Note on the mental hospitals in Burma - 1925-1940
Year: 1925
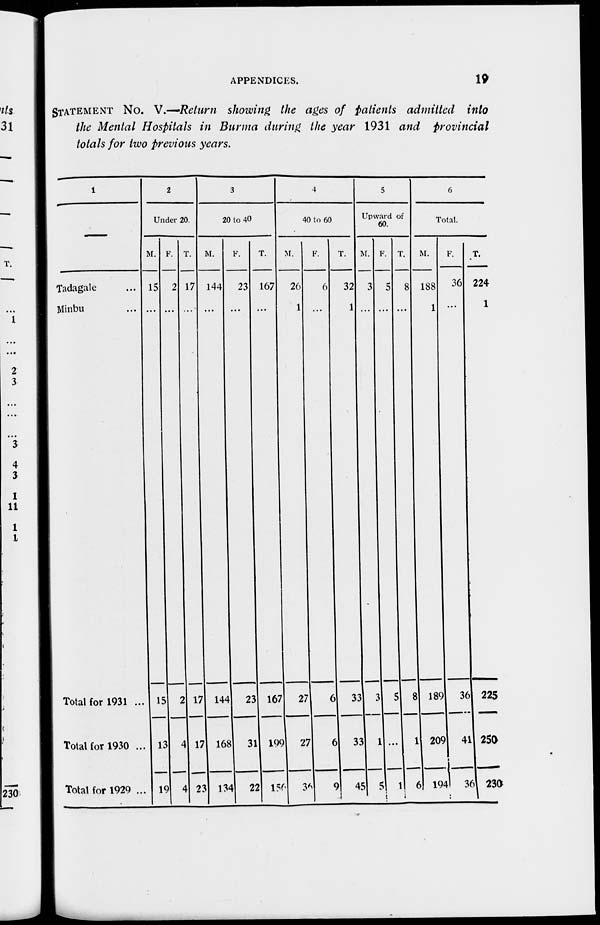
APPENDICES.
19
STATEMENT NO. V.—Return showing the ages of patients admitted into
the Mental Hospitals in Burma during the year 1931 and provincial
totals for two previous years.
1
—
Tadagale ...
Minbu ...
Total for 1931 ...
Total for 1930 ...
Total for 1929 ...
2
Under 20.
M.
15
...
15
13
19
F.
2
...
2
4
4
T.
17
...
17
17
23
3
20 to 40
M.
144
...
144
168
134
F.
23
...
23
31
22
T.
167
...
167
199
156
4
40 to 60
M.
26
1
27
27
36
F.
6
...
6
6
9
T.
32
1
33
33
45
5
Upward of
60.
M.
3
...
3
1
5
F.
5
...
5
...
1
T.
8
...
8
1
6
6
Total.
M.
188
1
189
209
194
F.
36
...
36
41
36
T.
224
1
225
250
230